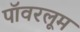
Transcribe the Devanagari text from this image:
पॉवरलूम